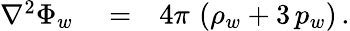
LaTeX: \begin{array}{rlr}{\nabla^{2}\Phi_{w}}&{{}=}&{4\pi\, \left(\rho_{w}+3\, p_{w}\right)\, .}\end{array}